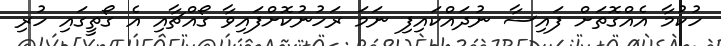
ހުކުމާ އެއްގޮތަށް ފައިސާ ނުދައްކައިފި ނަމަ ރަހުނުކޮށްފައިވާ ގޯއްޗާއި އެ ގޯތީގައި ހުރި